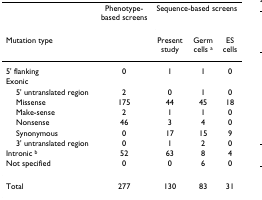
|  | Phenotype-based screens | <COLSPAN=3> Sequence-based screens |
 | Mutation type |  | Present study | Germ cells a | ES cells |
 | --- | --- | --- | --- | --- |
 | 5' flanking | 0 | 1 | 1 | 0 |
 | Exonic |  |  |  |  |
 | 5' untranslated region | 2 | 0 | 1 | 0 |
 | Missense | 175 | 44 | 45 | 18 |
 | Make-sense | 2 | 1 | 1 | 0 |
 | Nonsense | 46 | 3 | 4 | 0 |
 | Synonymous | 0 | 17 | 15 | 9 |
 | 3' untranslated region | 0 | 1 | 2 | 0 |
 | Intronic b | 52 | 63 | 8 | 4 |
 | Not specified | 0 | 0 | 6 | 0 |
 | Total | 277 | 130 | 83 | 31 |